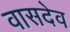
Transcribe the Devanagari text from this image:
वासदेव